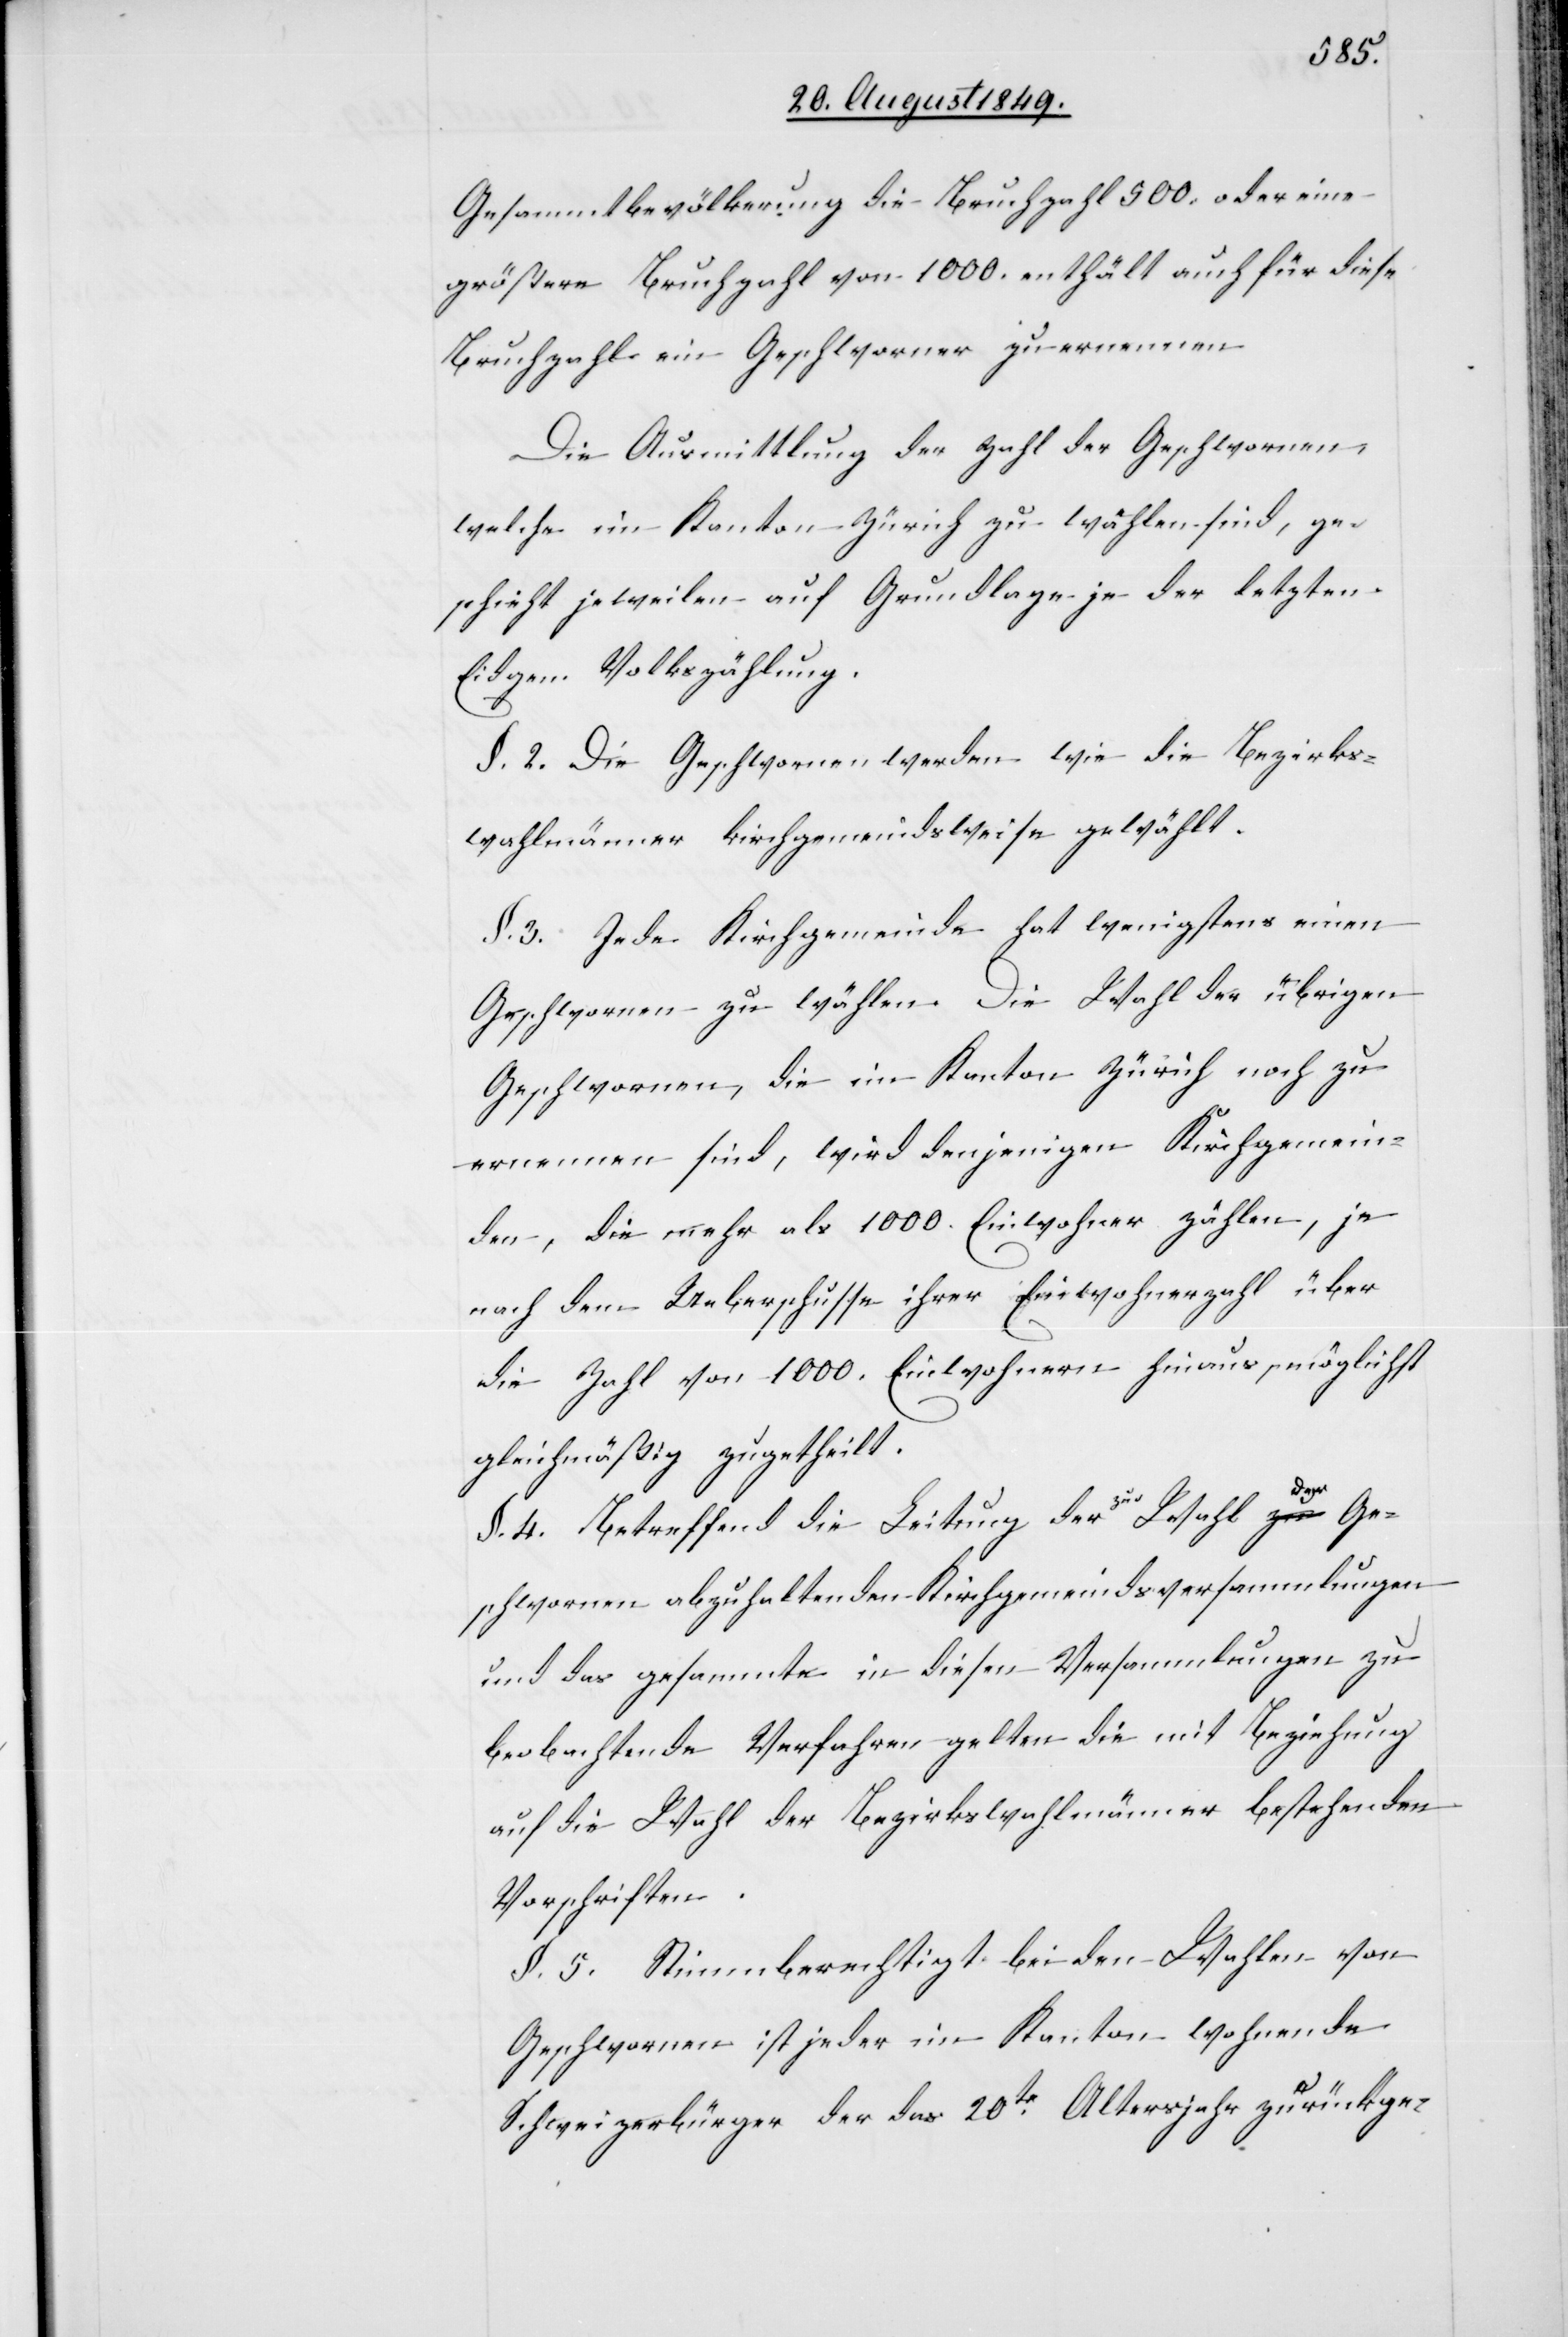
Gesammtbevölkerung die Bruchzahl 500. oder eine
größere Bruchzahl von 1000. enthält auch für diese
Bruchzahl ein Geschworner zu ernennen.
Die Ausmittlung der Zahl der Geschwornen,
welche im Kanton Zürich zu wählen sind, ge¬
schieht jeweilen auf Grundlage je der letzten
Eidgen. Volkszählung.
§. 2. Die Geschwornen werden wie die Bezirks¬
wahlmänner kirchgemeindsweise gewählt.
§. 3.Jede Kirchgemeinde hat wenigstens einen
Geschwornen zu wählen. Die Wahl der übrigen
Geschwornen, die im Kanton Zürich noch zu
ernennen sind, wird denjenigen Kirchgemein¬
den, die mehr als 1000. Einwohner zählen, je
nach dem Ueberschusse ihrer Einwohnerzahl über
die Zahl von 1000. Einwohnern hinaus, möglichst
gleichmäßig zugetheilt.
§. 4. Betreffend die Leitung der a-zur-a Wahl der Ge¬
schwornen abzuhaltenden Kirchgemeindsversammlungen
und das gesammte in diesen Versammlungen zu
beobachtende Verfahren, gelten die mit Beziehung
auf die Wahl der Bezirkswahlmänner bestehenden
Vorschriften.
§. 5. Stimmberechtigt bei den Wahlen von
Geschwornen ist jeder im Kanton wohnende
Schweizerbürger der das 20te Altersjahr zurückge-